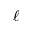
\ell